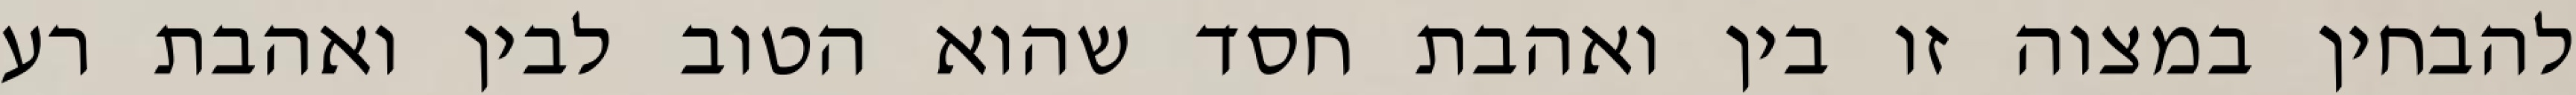
להבחין במצוה זו בין ואהבת חסד שהוא הטוב לבין ואהבת רע